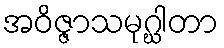
အဝိဇ္ဇာသမုဂ္ဃါတာ